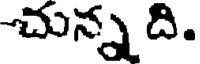
చున్న ది.